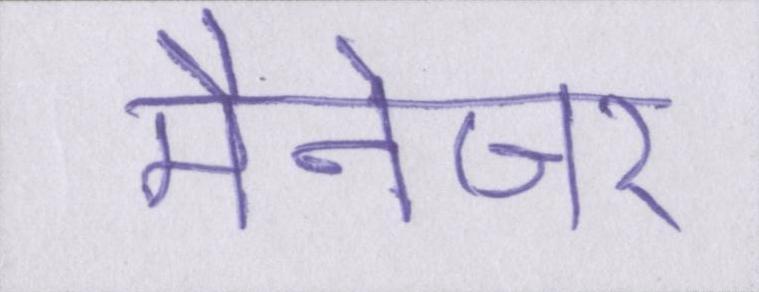
मैनेजर